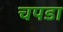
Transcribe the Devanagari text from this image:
चपडा